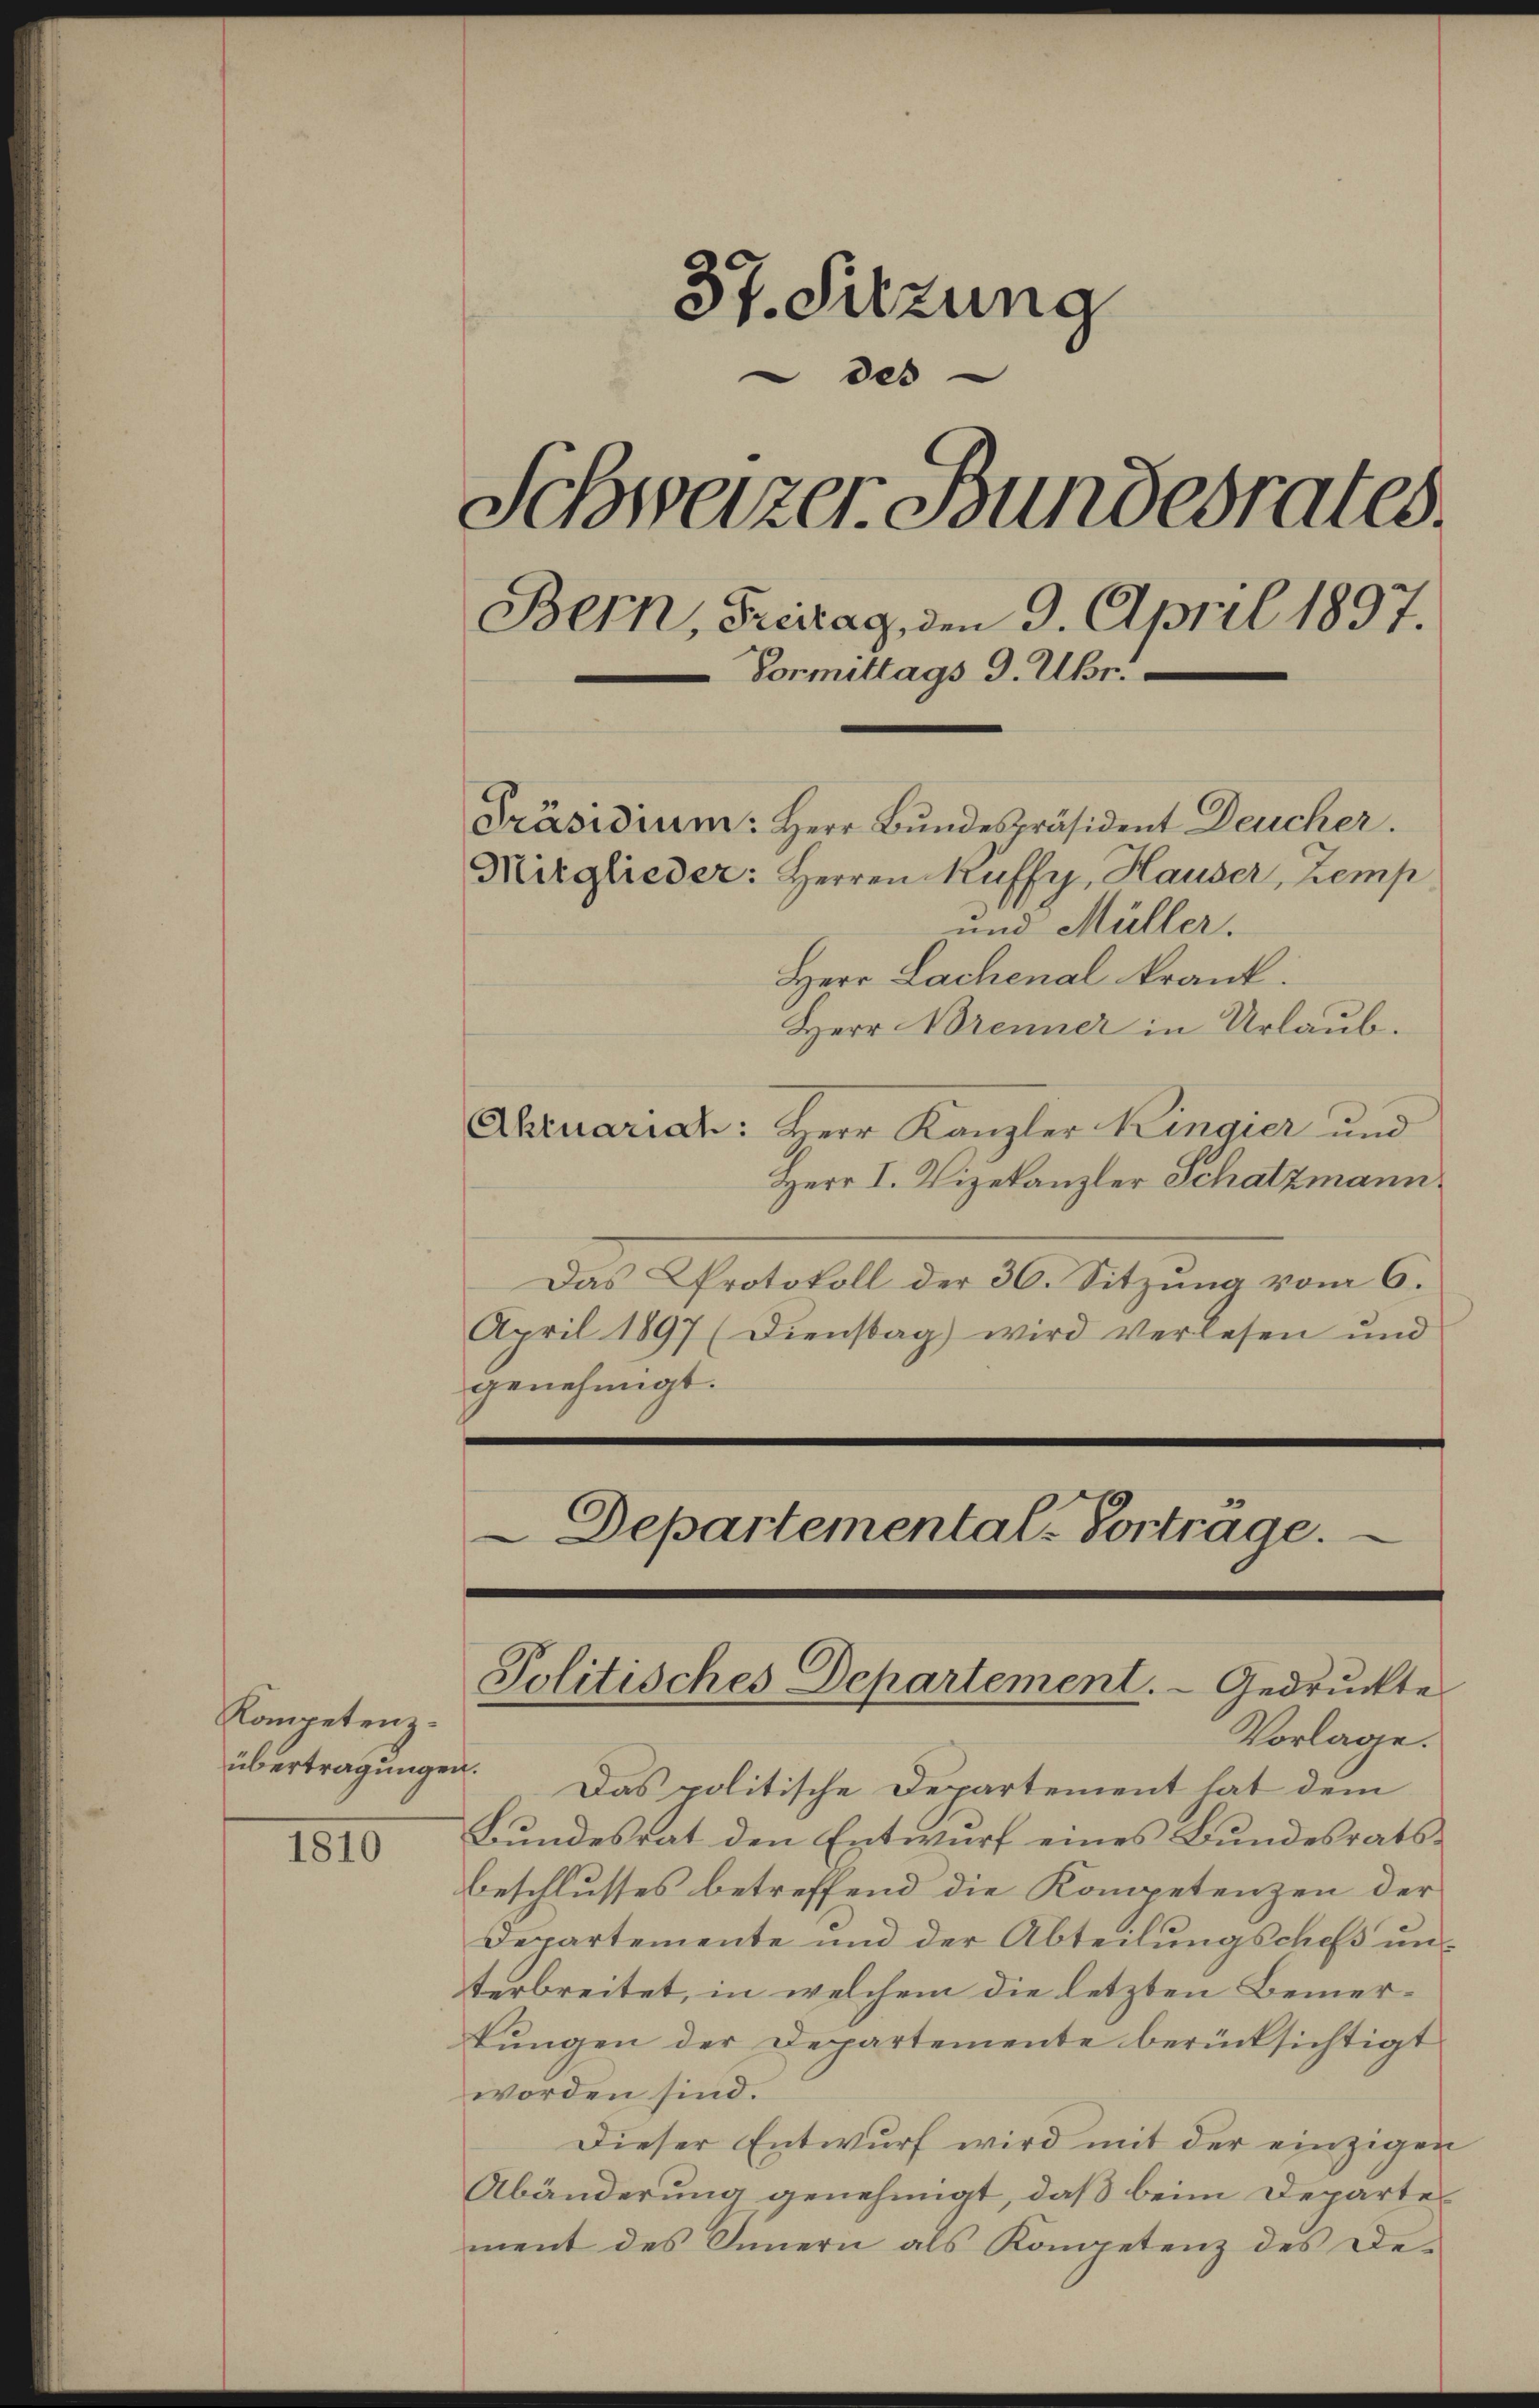
Kompetenz.
übertragungen.

1810

37. Sitzung
des
Schweizer Bundesrates.
Bern, Freitag, den 9. April 1897.
Vormittags 9. Ubr.
Präsidium: Herr Bŭndespräsident Deucher.
Mitglieder: Herren Kuffy, Hauser, Zemp
und Müller.

Herr Lachenal krank.
Herr Brenner in Urlaub.
Ahruariat: Herr Kanzler Ringier und
Herr I. Vizekanzler Schatzmann.
Das Protokoll der 30. Sitzung vom 6.
April 1897 (Dienstag) wird verlesen und
genehmigt.

Vorlage.
Das politische Departement hat dem
Bundesrat den Entwurf eines Bundesratsbeschlusses betreffend die Kompetenzen der
Departemente und der Abteilungschefs unterbreitet, in welchem die letzten Bemerkungen der Departemente berücksichtigt
worden sind.
Dieser Entwurf wird mit der einzigen
Abänderung genehmigt, daß beim Departement des Innern als Kompetenz des De¬

Departemental-Vortrage.

Politisches Departement. - Gedruckte